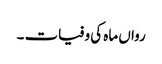
رواں ماہ کی وفیات ۔